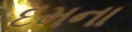
દમના